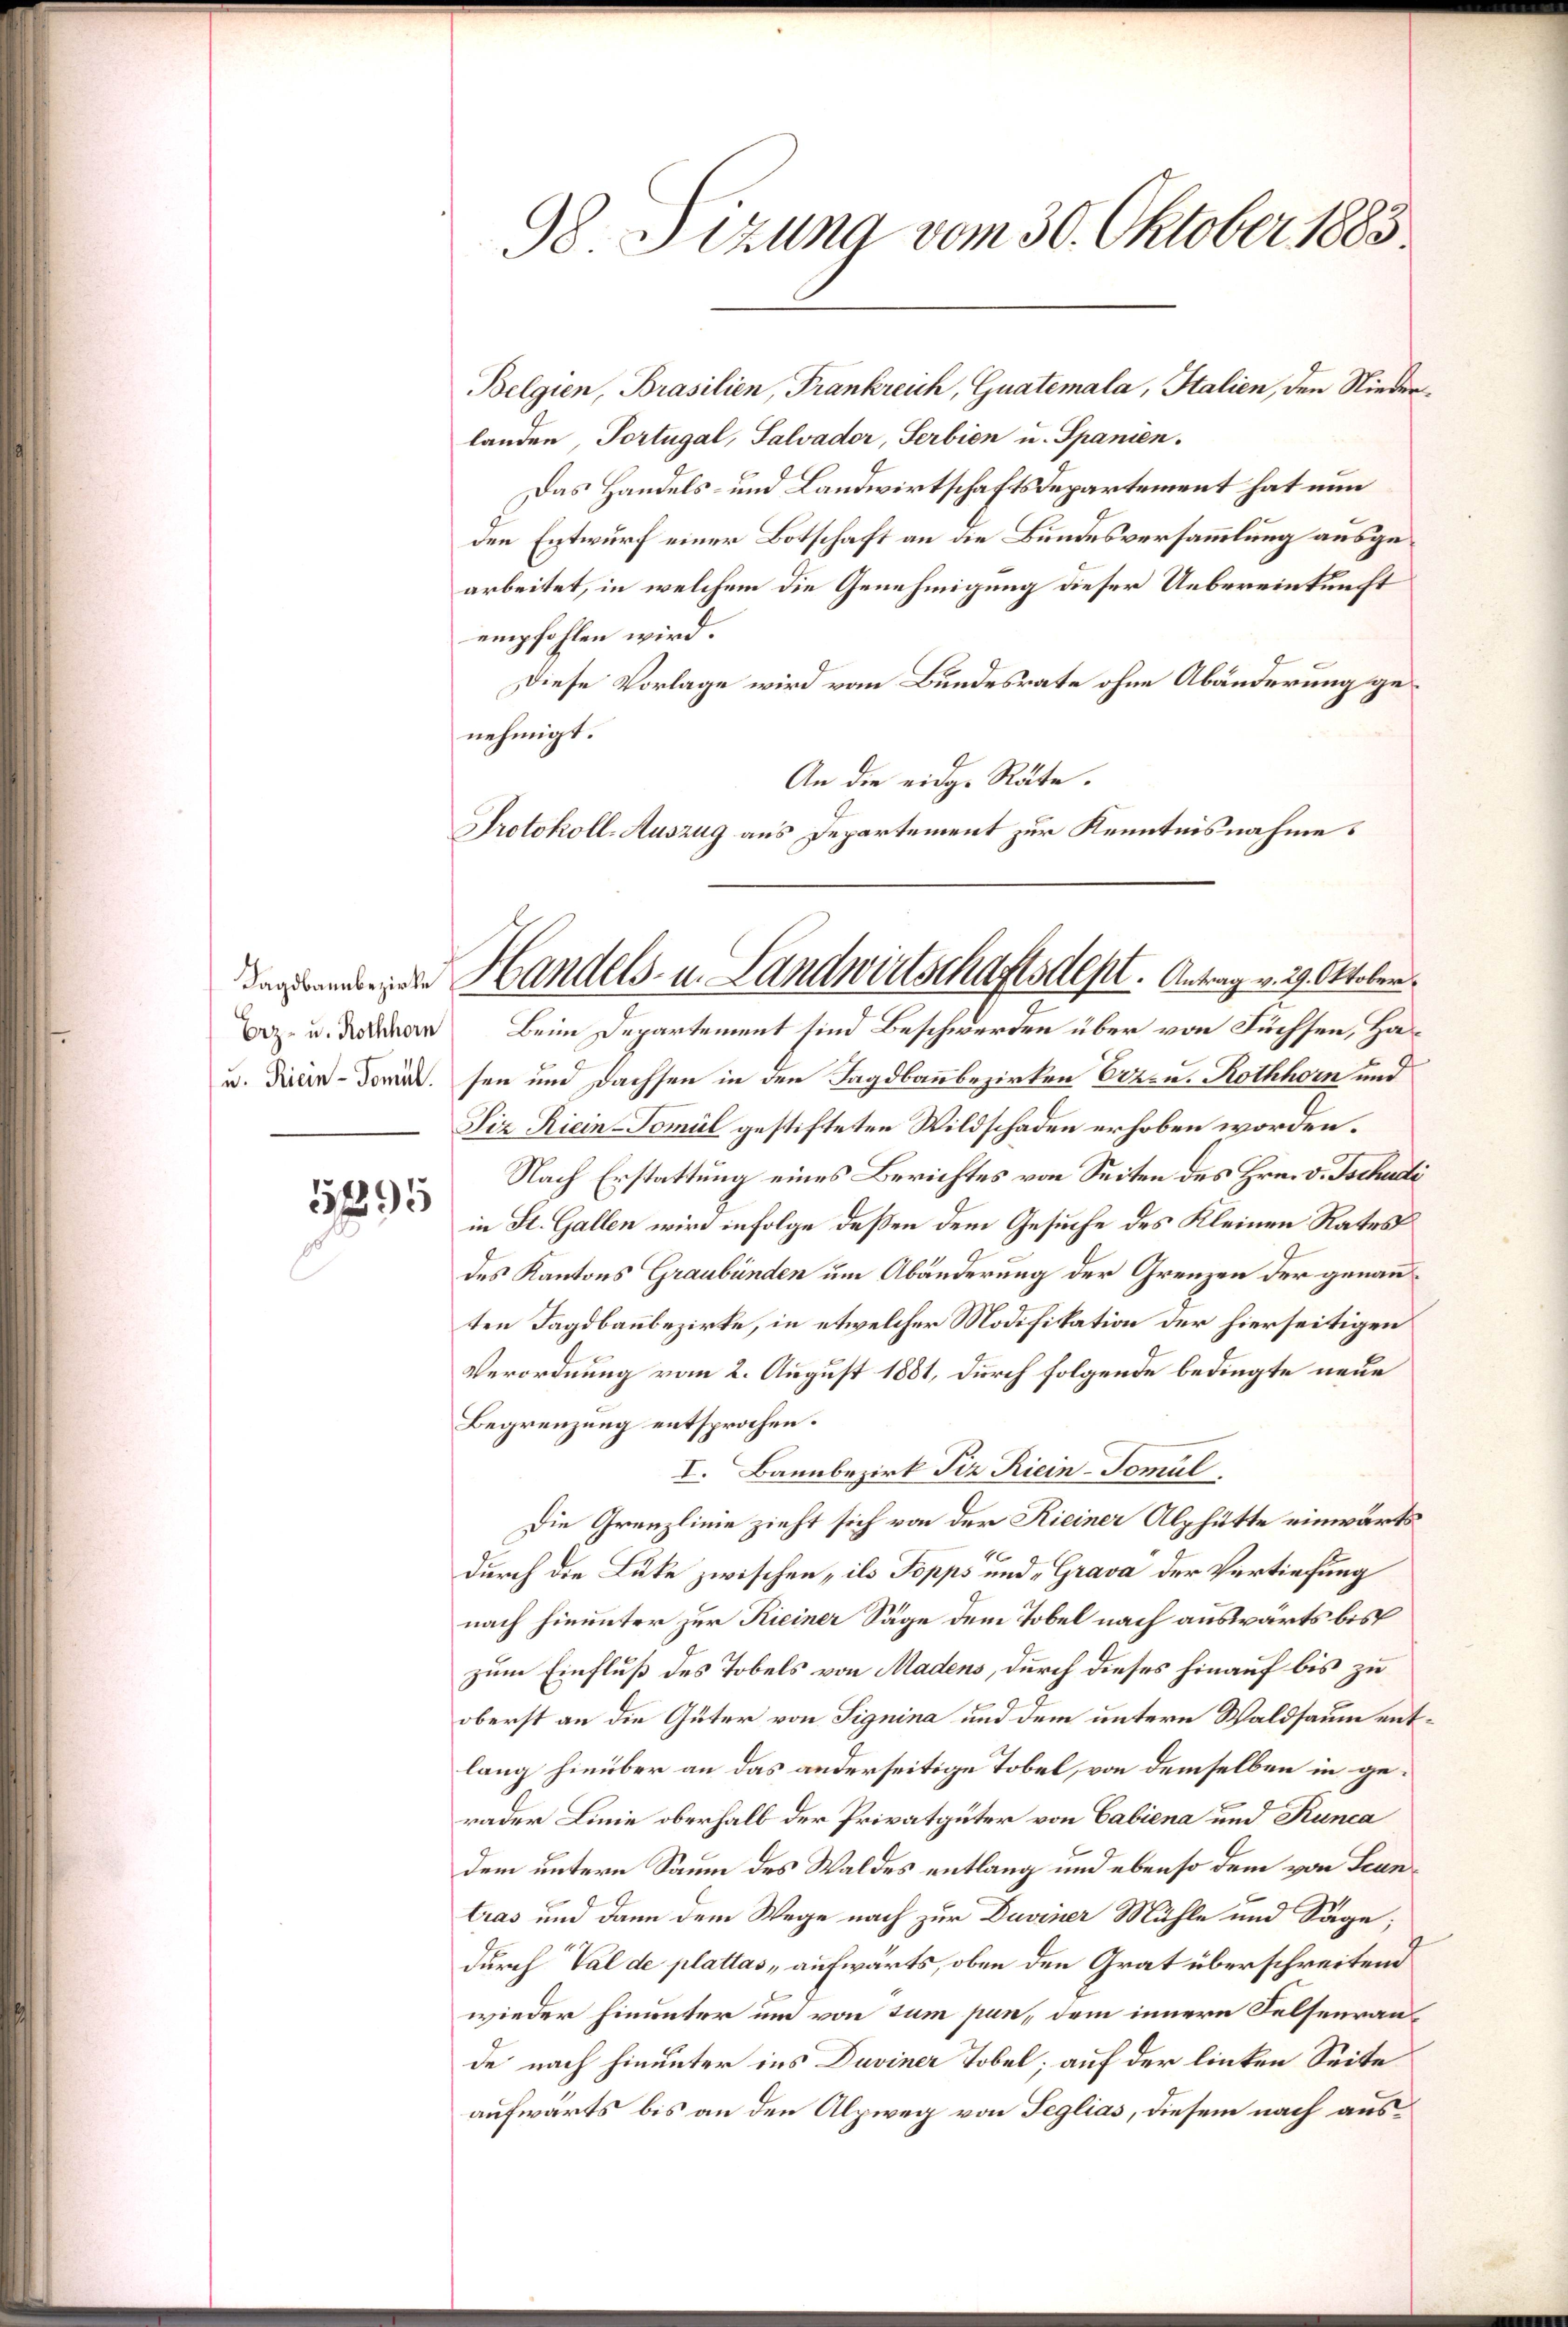
5795

98 Sizung vom 30. Oktober 1883.

Belgien, Brasilien, Frankreich, Guatemala, Italien, den Niederlanden, Portugal, Salvador, Serbien u. Spanien.
Das Handels- und Landwirtschaftsdepartement hat nun
den Entwurf einer Botschaft an die Bundesversammlung ausgearbeitet, in welchem die Genehmigung dieser Uebereinkunft
empfohlen wird.
Diese Vorlage wird vom Bundesrate ohne Abänderung genehmigt.
An die eidge Räte.
Protokoll-Auszug aus Departement zur Kenntnisnahme.

derendeigen Handels- u. Landwirtschaftsdept. Antrag v. 29. Oktober.
Boz. u. den Beim Departement sind Beschwerden über von Füchsen, Ha¬

u. diren Dom. sei und Dachsen in den Tagdbaubezirken Erzeu. Rothhorn und
Siz Riein-Tomil gestifteten Wildschaden erhoben worden.
Nach Erstattung eines Berichtes von Seiten des Hrn. v. Tschudi
in St. Gallen wird infolge deßen dem Gesuche des Kleinen Rates
des Kantons Graubünden um Abänderung der Grenzen der genau
ten Tagdbaubezirke, in etwelcher Modifikation der hierseitigen
Verordnung vom 2. August 1881, durch folgende bedingte neue
Begrenzung entsprochen.
I. Bannbezirk Piz Riein-Tomul
Die Grenzlinie zieht sich von der Kieiner Alphütte einwärts
1
durch die Lücke zwischen „ils Topps und „Grava der Vertiefung
nach hinunter zur Kieiner Säge dem Tobel nach auswärts bis
zum Einfluß des Tobels von Madens, durch dieses hinauf bis zu
oberst an die Güter von Signina und dem untern Waldsaum entlang hinüber an das anderseitige Tobel, von demselben in gerader Linie oberhalb der Privatgüter von Cabiena und Runca
dem untern Saum des Waldes entlang und ebenso dem von Leuntras und dann dem Wege nach zur Duviner Mühle und Säge;
durch Val de plattas „aufwärts, oben den Grat überschreitend
wieder hinunter um von sum pun, dem innern Felsenraude nach hinunter ins Duviner Tobel; auf der linken Seite
aufwärts bis an den Alpweg von Seglias, diesem nach aus